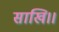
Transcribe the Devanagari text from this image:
साखि।।